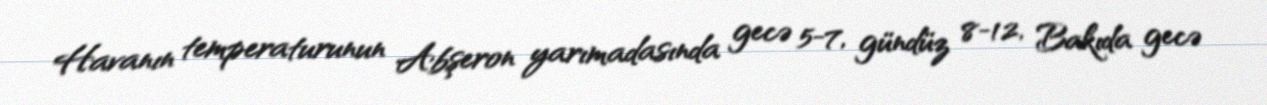
Havanın temperaturunun Abşeron yarımadasında gecə 5-7, gündüz 8-12, Bakıda gecə